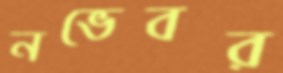
নভেবর